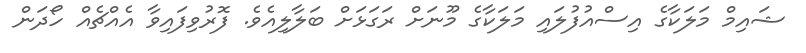
ޝައިމް މަލަކާގެ އިސްއުފުލައި މަލަކާގެ މޫނަށް ރަގަޅަށް ބަލާލިއެވެ. ފޮރުވިފައިވާ އެއްޗެއް ހޯދަން